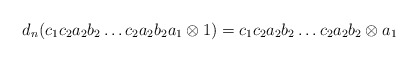
\begin{align*}d_n(c_1c_2a_2b_2 \dots c_2a_2b_2a_1 \otimes 1) = c_1c_2a_2b_2 \dots c_2a_2b_2 \otimes a_1\end{align*}